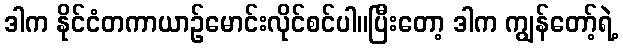
ဒါက နိုင်ငံတကာယာဉ်မောင်းလိုင်စင်ပါ။ပြီးတော့ ဒါက ကျွန်တော့်ရဲ့